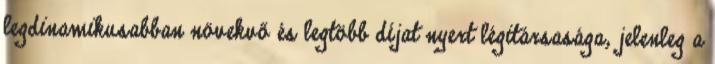
legdinamikusabban növekvő és legtöbb díjat nyert légitársasága, jelenleg a